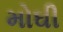
મોઘી